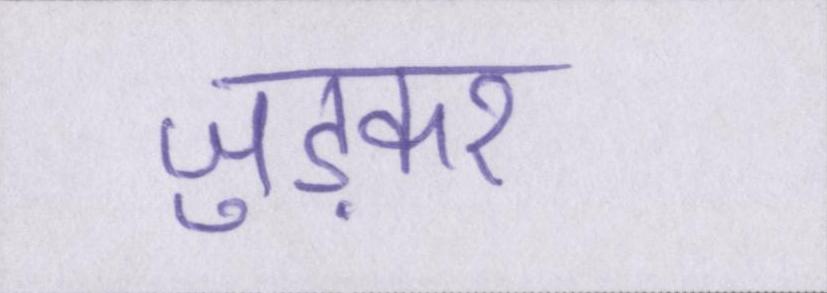
जुड़कर